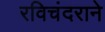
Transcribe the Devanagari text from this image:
रविचंदराने